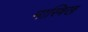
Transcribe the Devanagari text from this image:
मास्त्रिख